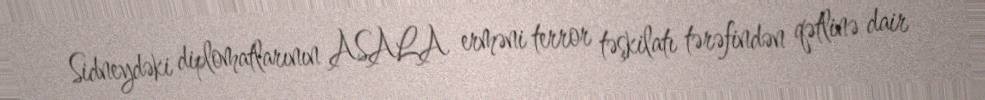
Sidneydəki diplomatlarının ASALA erməni terror təşkilatı tərəfindən qətlinə dair